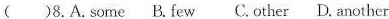
( )8.A.Some B. Few C.Other D. Another